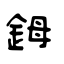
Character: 鉧